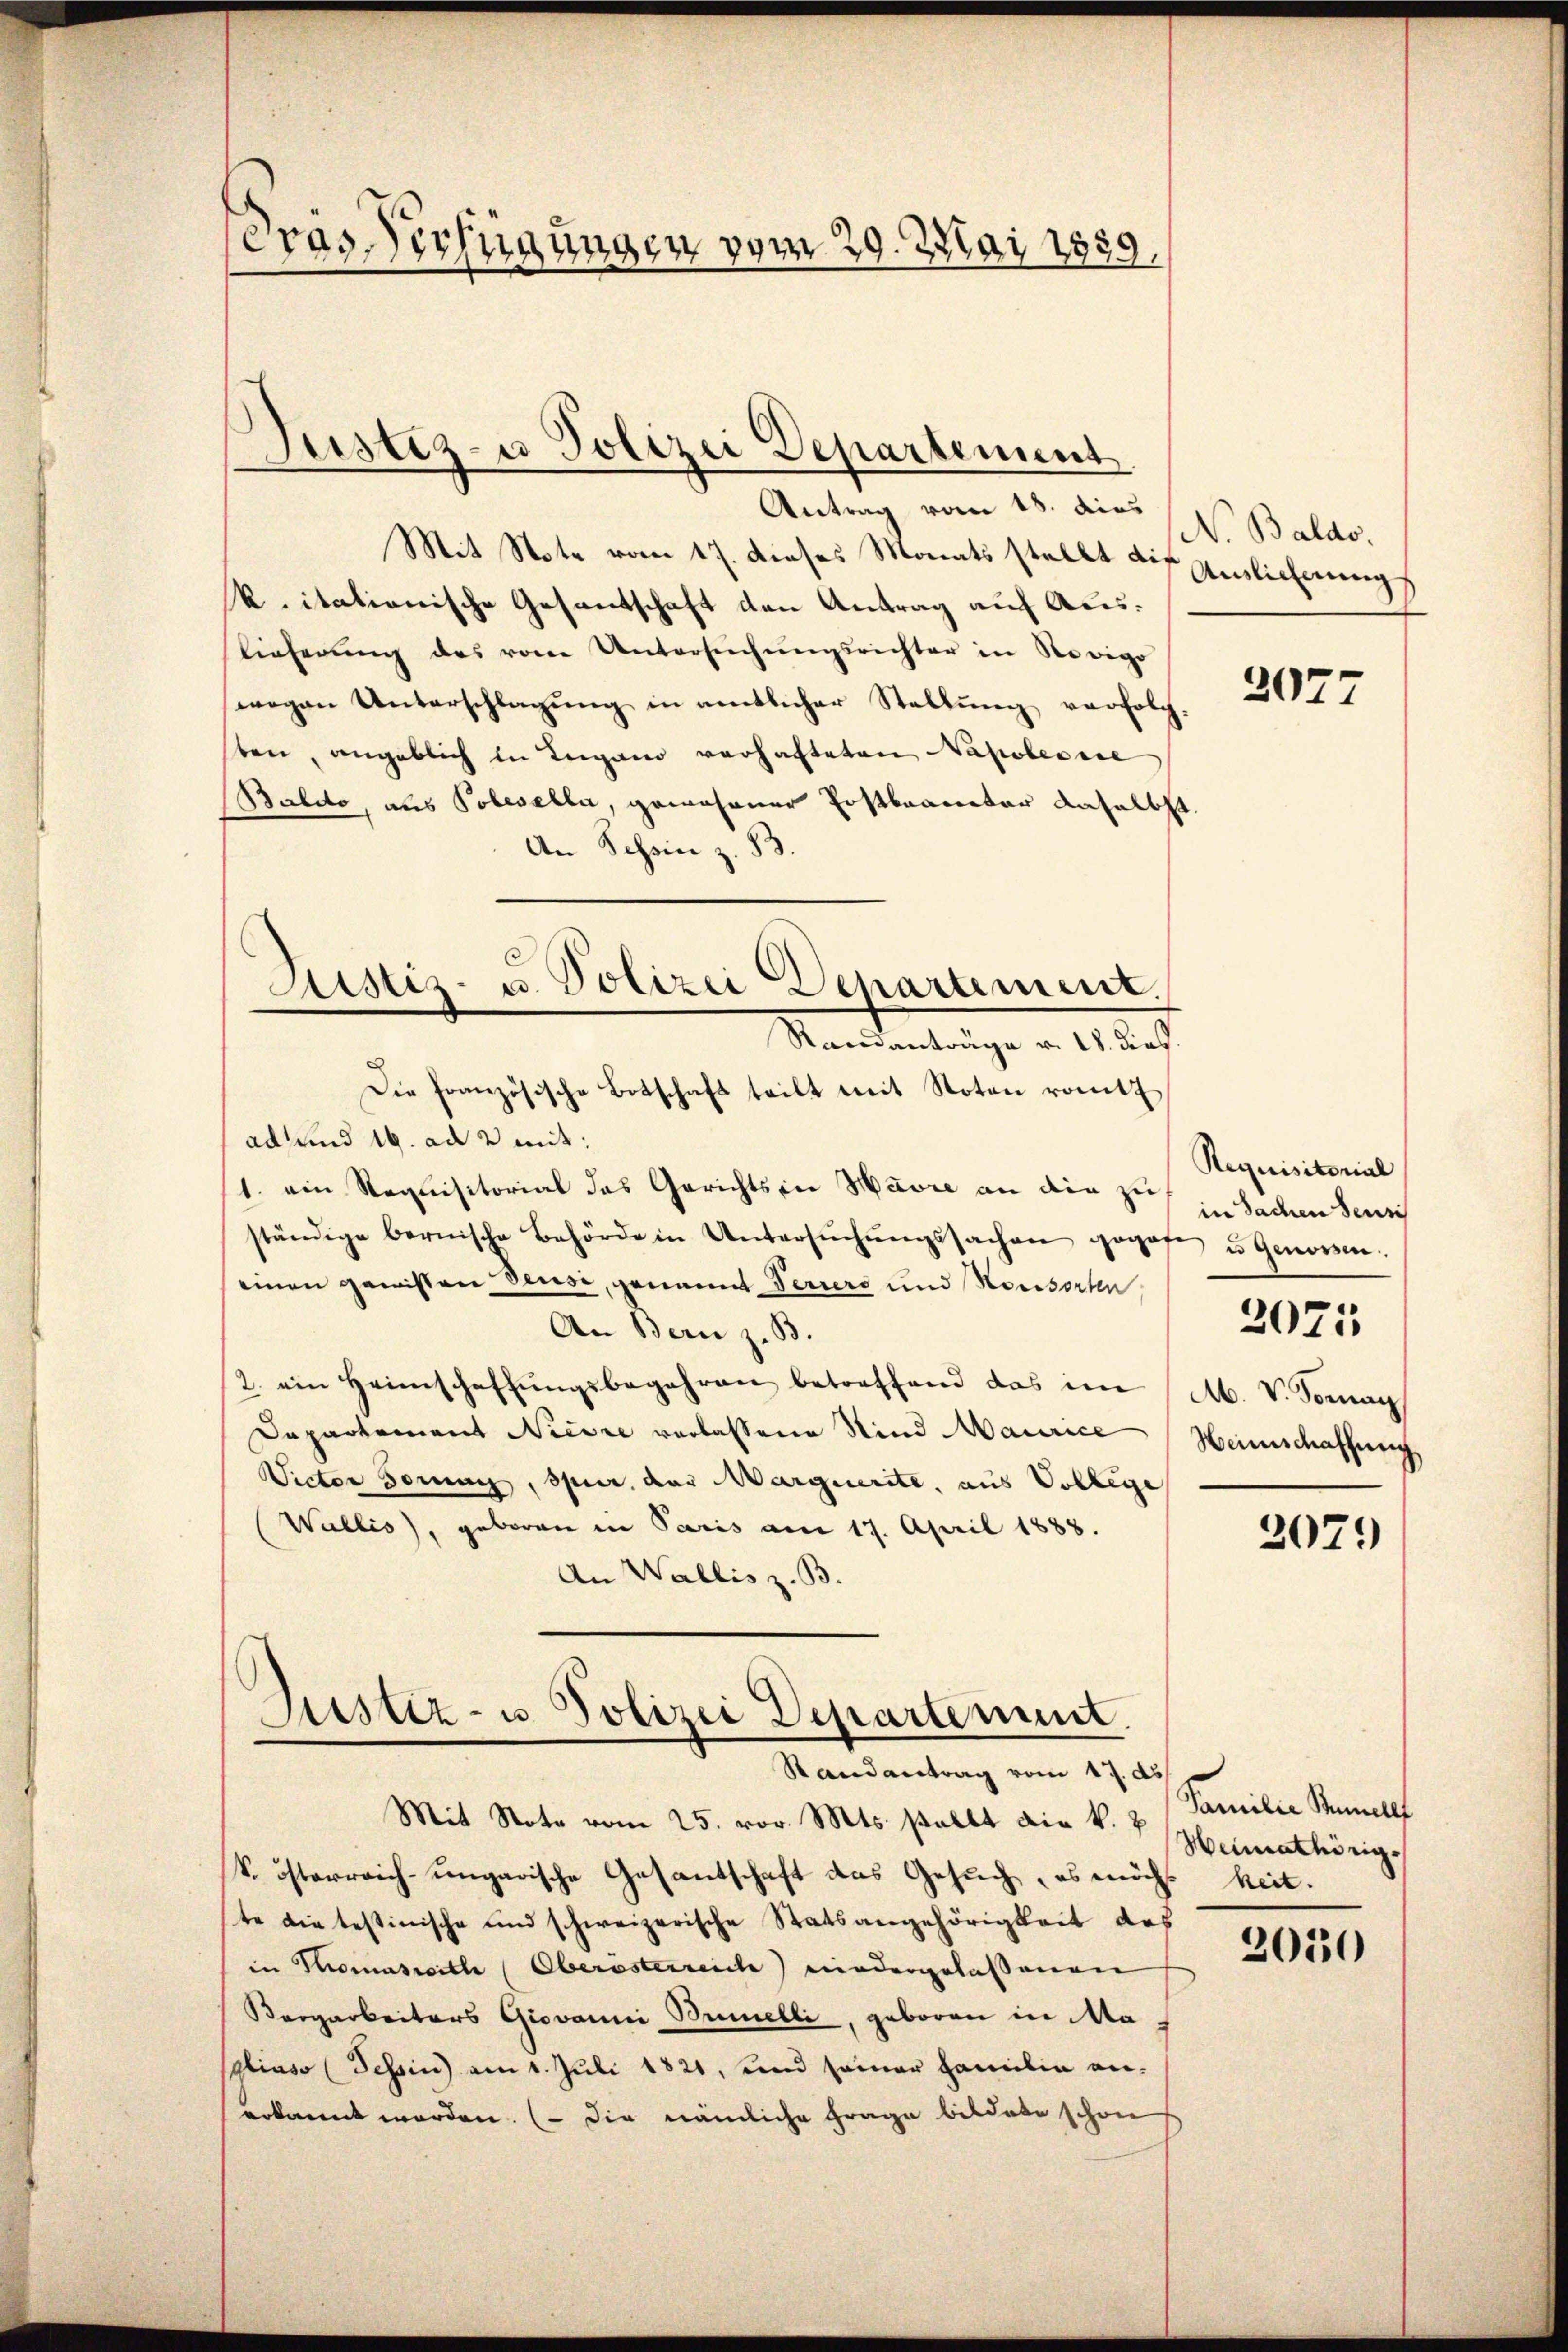
Fras Verfügungen vom 29. Mai 1859,

)
Justiz- u Polizei Departement

Antrag vom 18. dies v. Baldo.
Mit Stote vom 17. dieses Monats stellt die Auslicherung
k. itationische Gesantschaft den Antrag auf Auslieferŭng des vom Untersŭchŭngsrichter in Norigo
wegen Unterschlagung in amtlicher Stellŭng verfolg.
ten, angeblich in Lugano verhafteten Napoleonse
Baleto, aus Pobesella, gewesener Postbraneter daselbst
An Schin z. 83.
ad und 16. ad 2 mit:
1. ein Requisitorial das Gerichts in Havre an die zu Faden sei
ständige bernische Behörde in Untersŭchŭngssachen gegebe u. Genossen
einen gewissen Deuse, genannt Feriers und Konsorten
An Bern z. B.
2. ein Heimschaffŭngsbegehren betreffend das im (M. V. Tomag
Dapartement Niesse verlassene Sind Maurice Heimschaffung
Victor Sonnig, spur, das Marquerite, aus Vollege
Wallis), geboren in Paris am 17. April 1888.
An Wallis z. B.

.
Astiz- u. Polizei Departement.
Randanträge v. 18. dies
Die Französische Botschaft teilt mit Noten rott

Sistiz- u Polizei Departement.
Randantrag vom 17. ds.
Mit Note vom 25. vor. Mts. stellt die k. u. Familie Rumell

k. österreich-ungarische Gesantschaft das Gesuch, es möchte die testinische und schweizerische Statsangehörigkeit des
in Thomasreith (Oberösterreiche niedergelassenen
Bergarbeiters Giovanni Brmelli, geboren in Magliaso (Tessin am 1. Juli 1821, und seiner Familie anerkannt worden. (Die nämliche Frage bildete schon

2077

Requisitorial

207:

2079

Weimathörige
keit.

2030